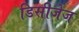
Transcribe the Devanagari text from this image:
डिसीजेज